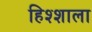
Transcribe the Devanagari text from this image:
हिश्शाला